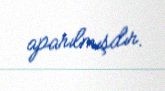
aparılmışdır.